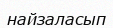
найзаласып